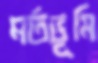
মর্তভূমি